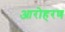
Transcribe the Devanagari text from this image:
आरोहरण